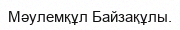
Мәулемқұл Байзақұлы.